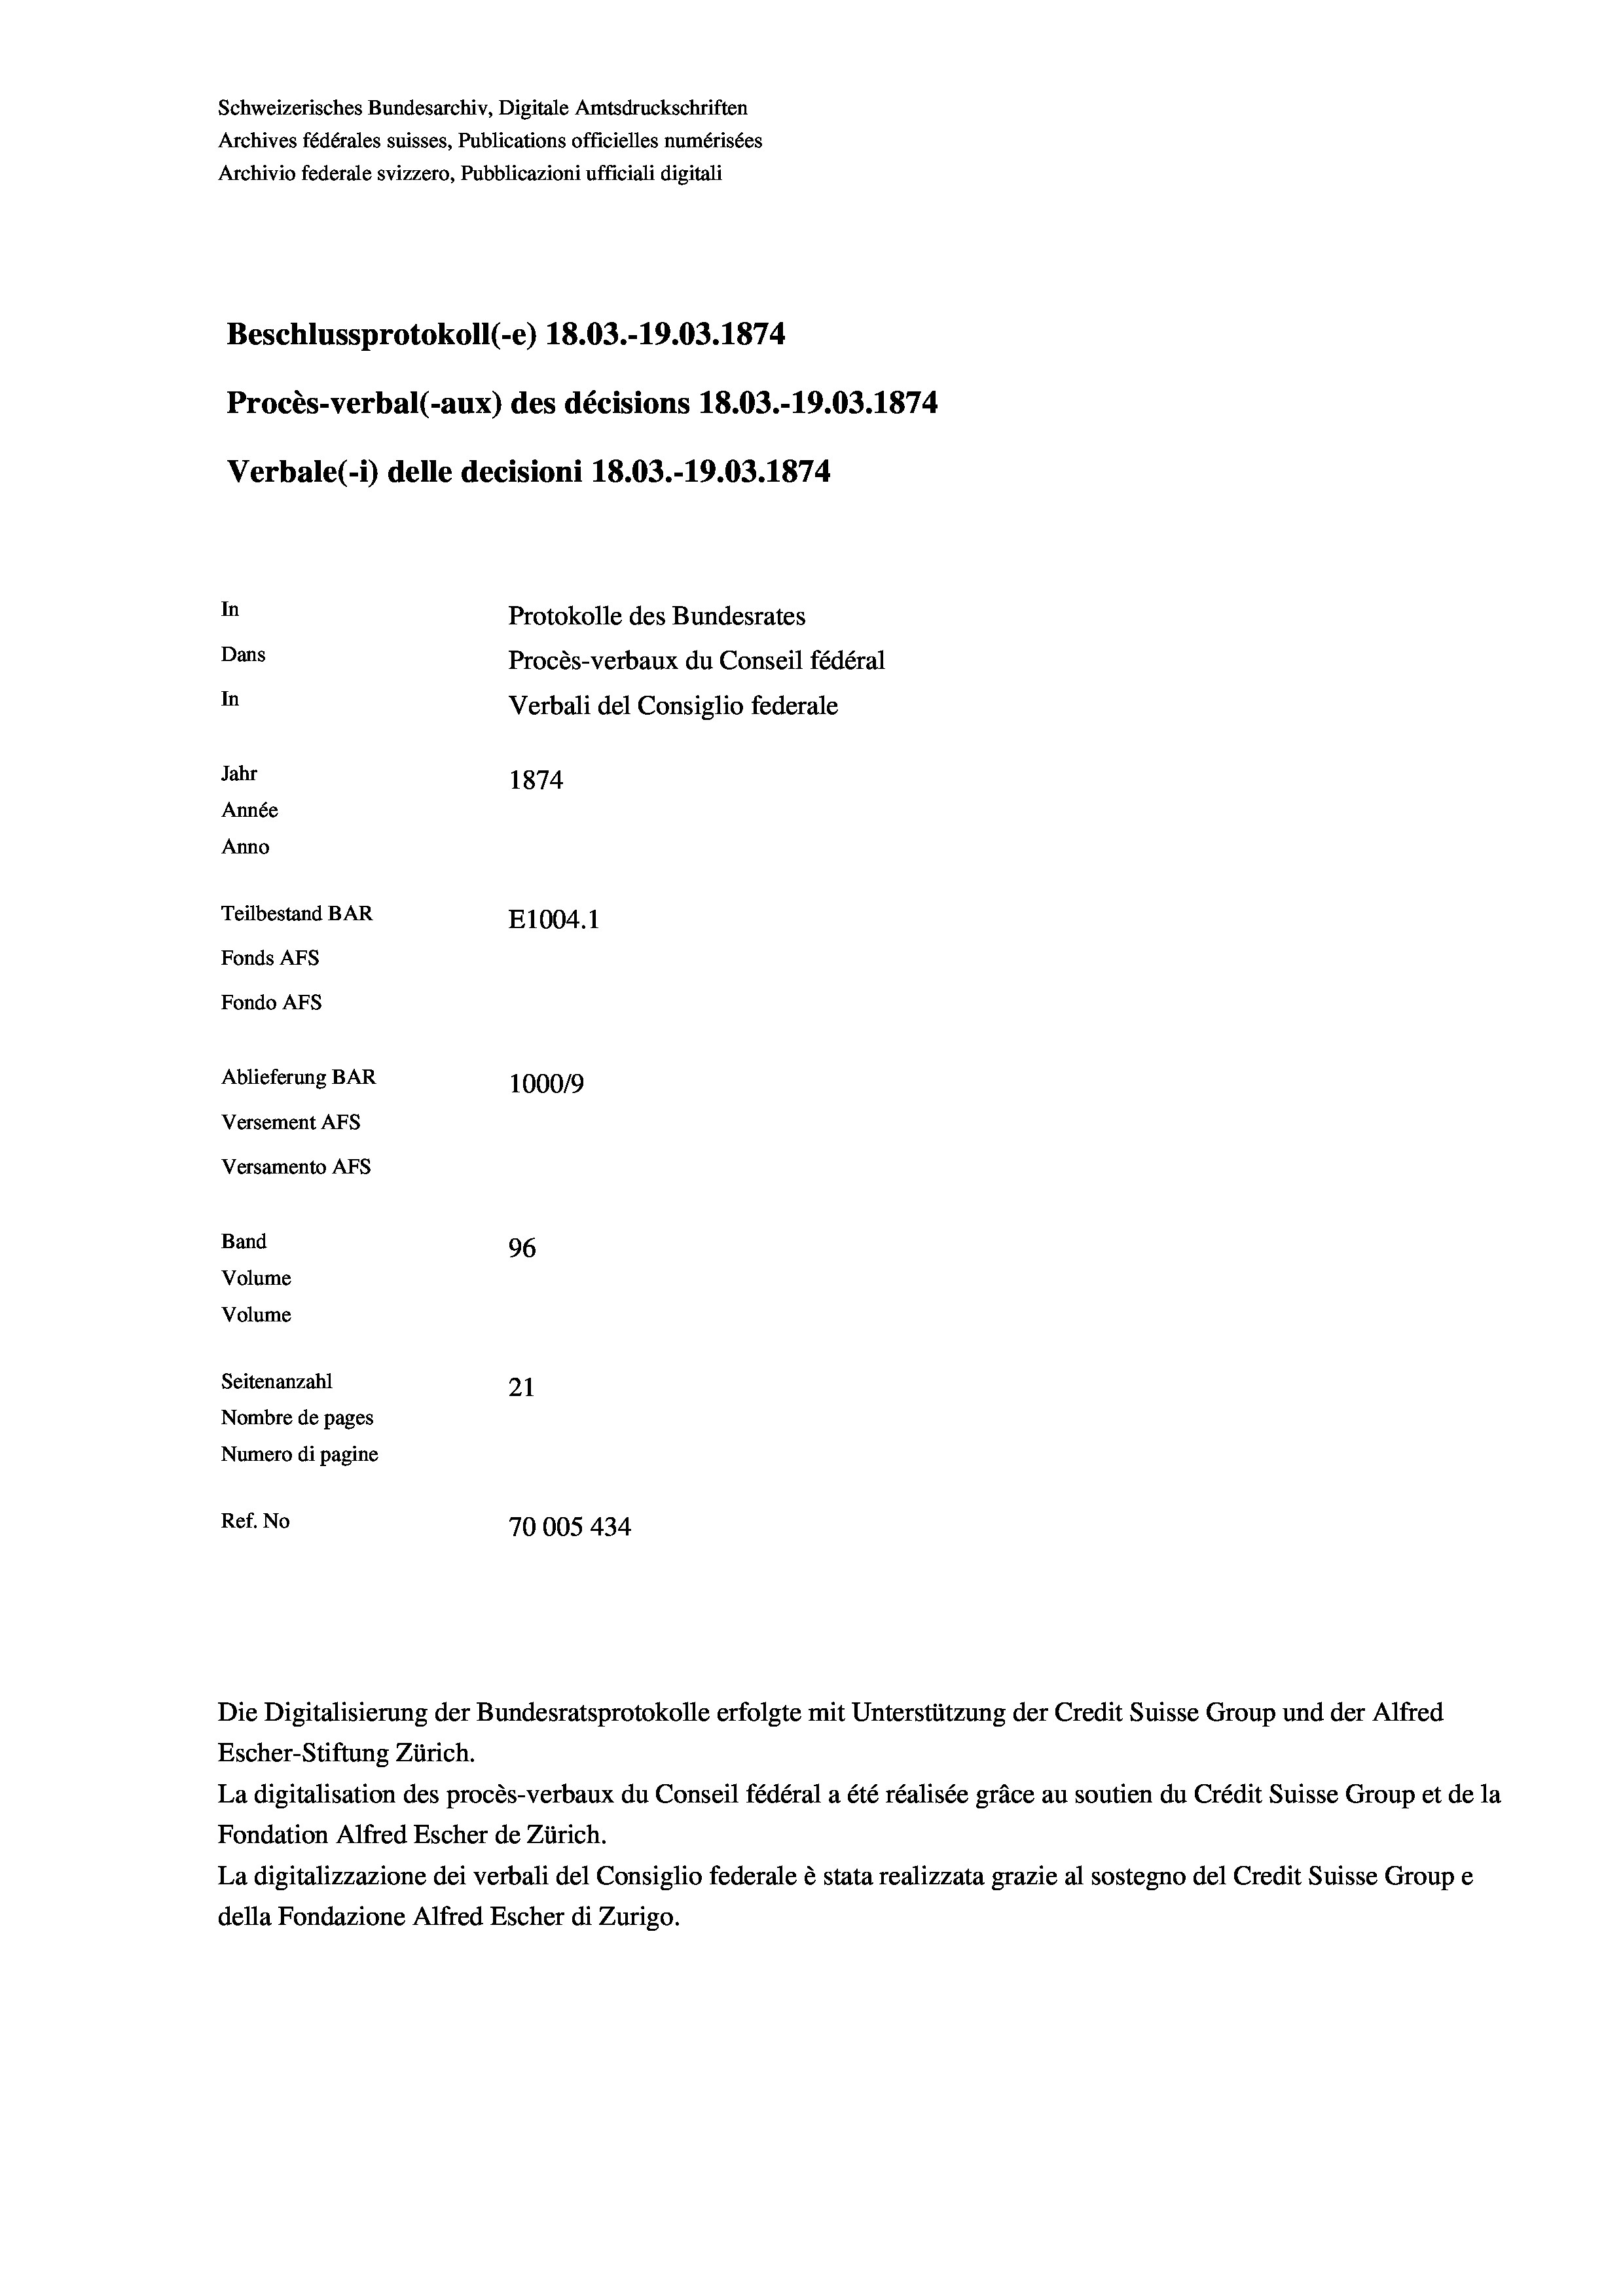
Schweizerisches Bundesarchiv, Digitale Amtsdruckschriften
Archives fédérales suisses, Publications officielles numérisées
Archivio federale svizzero, Pubblicazioni ufficiali digitali
Beschlussprotokoll (-e) 18.03.-19.03. 1874
Procès-verbal (-aux) des décisions 18.03.-19.03. 1874
Verbale(-*) delle decisioni 18.03.-19.03. 1874
In
Protokolle des Bundesrates
Dans
Procès-verbaux du Conseil fédéral
In
Verbali del Consiglio federale
Jahr
1874
Année
Anno
Teilbestand BAR
E1004. 1
Fonds AFs
Fondo Afs
Ablieferung BAR
100019
Versement AFs
Versamento AFs
Band
96
Volume
Volume
Seitenanzahl
21
Nombre de pages
Numero di pagine
Ref. No
70005 434

Escher-Stiftung Zürich.
La digitalisation des procès-verbaux du Conseil fédéral a été réalisée gräce au soutien du Crédit Suisse Group et de la
Fondation Alfred Escher de Zürich.
La digitalizzazione dei verbali del Consiglio federale è stata realizzata grazie al sostegno del Credit Suisse Groupe
della Fondazione Alfred Escher di Zurigo.

Die Digitalisierung der Bundesratsprotokolle erfolgte mit Unterstützung der Credit Suisse Group und der Alfred